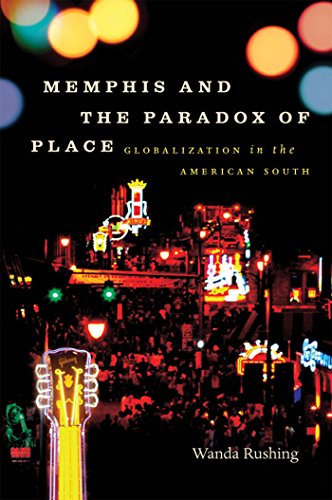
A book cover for Memphis and the Paradox of Place: Globalization in the American South (New Directions in Southern Studies); Wanda Rushing; Business & Money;